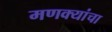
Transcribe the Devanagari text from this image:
मणक्यांचा